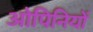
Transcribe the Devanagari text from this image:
ओपिनियों